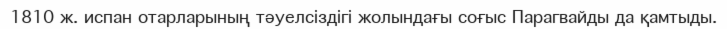
1810 ж. испан отарларының тәуелсіздігі жолындағы соғыс Парагвайды да қамтыды.